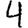
Digit: 4